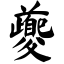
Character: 夔